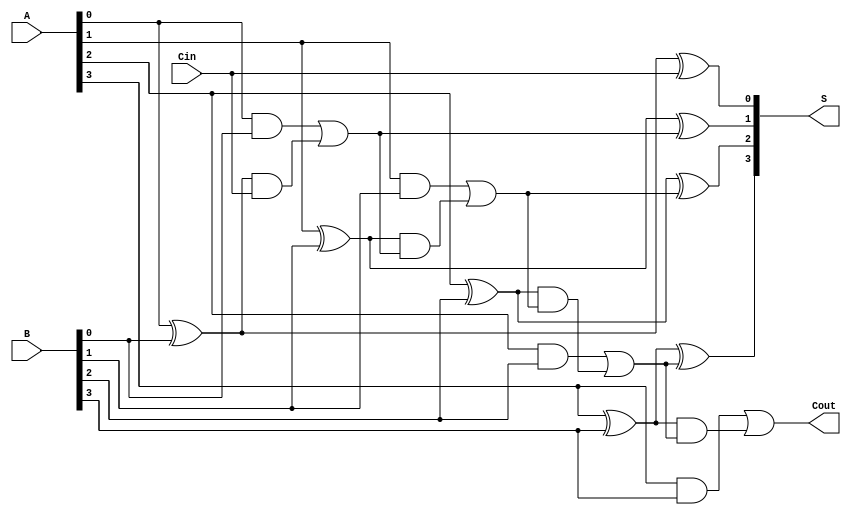
module RCLA #(parameter n = 4) (
    input [n-1:0] A,    // First input
    input [n-1:0] B,    // Second input
    input Cin,          // Carry-in
    output [n-1:0] S,   // Sum output
    output Cout         // Carry-out
);

    // Generate and Propagate signals
    wire [n-1:0] P; // Propagate
    wire [n-1:0] G; // Generate
    wire [n:0] C;   // Carry signals

    // Generate and Propagate calculations
    genvar i;
    generate
        for (i = 0; i < n; i = i + 1) begin: gen_prop
            assign P[i] = A[i] ^ B[i]; // Propagate
            assign G[i] = A[i] & B[i]; // Generate
        end
    endgenerate

    // Carry signal calculations
    assign C[0] = Cin; // Initial carry in
    generate
        for (i = 0; i < n; i = i + 1) begin: carry_logic
            if (i == 0) begin
                assign C[i+1] = G[i] | (P[i] & C[i]); // C[1] = G[0] + (P[0] * C[0])
            end else begin
                assign C[i+1] = G[i] | (P[i] & C[i]); // C[i+1] = G[i] + (P[i] * C[i])
            end
        end
    endgenerate

    // Sum calculation
    generate
        for (i = 0; i < n; i = i + 1) begin: sum_logic
            assign S[i] = P[i] ^ C[i]; // S[i] = P[i] ^ C[i]
        end
    endgenerate

    // Final carry-out
    assign Cout = C[n]; // Cout = C[n]

endmodule